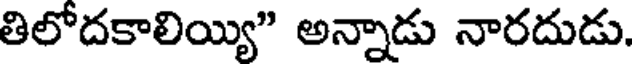
తిలోదకాలియ్యి" అన్నాడు నారదుడు.